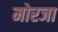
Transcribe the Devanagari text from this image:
मोरजा